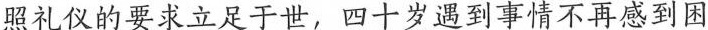
照礼仪的要求立足于世，四十岁遇到事情不再感到困